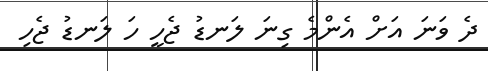
ދެ ވަނަ އަށް އެންމެ ގިނަ ލަނޑު ޖެހީ ހަ ލަނޑު ޖެހި